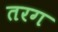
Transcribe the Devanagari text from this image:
तरग